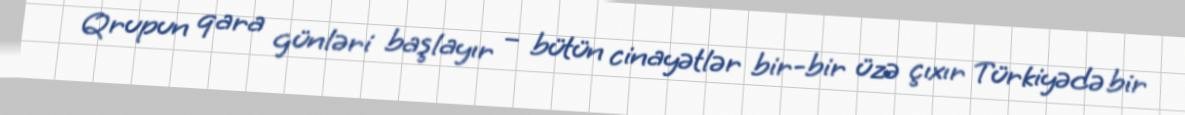
Qrupun qara günləri başlayır – bütün cinayətlər bir-bir üzə çıxır Türkiyədə bir